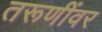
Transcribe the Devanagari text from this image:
तरूणींवर